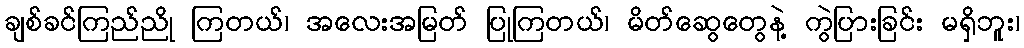
ချစ်ခင်ကြည်ညို ကြတယ်၊ အလေးအမြတ် ပြုကြတယ်၊ မိတ်ဆွေတွေနဲ့ ကွဲပြားခြင်း မရှိဘူး၊